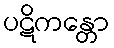
ပဋိကန္တော